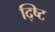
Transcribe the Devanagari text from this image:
द्ष्टि